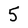
Character: 5